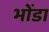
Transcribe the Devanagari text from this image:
भोंडा